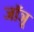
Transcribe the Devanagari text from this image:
जॉञू